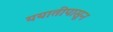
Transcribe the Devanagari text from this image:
ययातीपासून